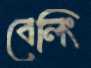
বেলিং